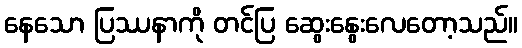
နေသော ပြဿနာကို တင်ပြ ဆွေးနွေးလေတော့သည်။